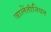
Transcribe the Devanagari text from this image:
वालेंतीनियन